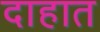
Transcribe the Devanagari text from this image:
दाहात